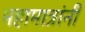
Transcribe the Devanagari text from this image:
महामात्रांनी